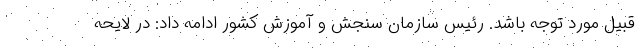
قبیل مورد توجه باشد. رئیس سازمان سنجش و آموزش کشور ادامه داد: در لایحه